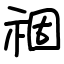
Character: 祻